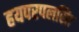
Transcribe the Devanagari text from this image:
हयपरपलसिा